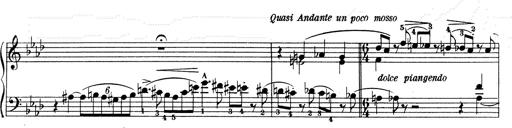
Title: Weinen, Klagen, Sorgen, Zagen
Composer: Franz Liszt